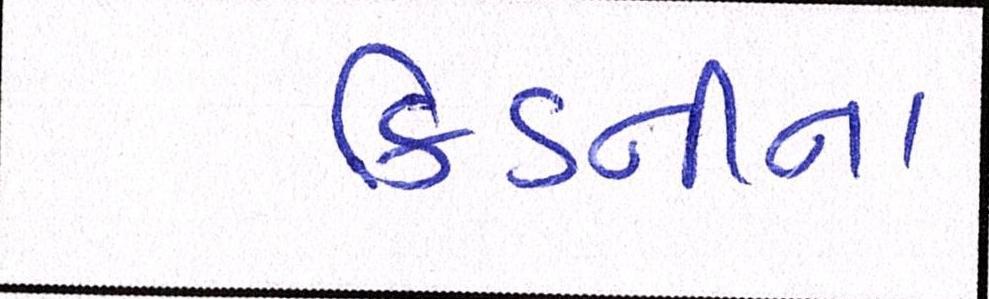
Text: કિડનીના